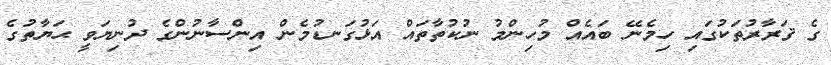
ގެ ޤަރާރުތަކުގައި ހިމެނޭ ބައެއް މުހިންމު ނުކުތާތައް އަޅުގަނޑުމެން އިންސާނުންގެ ދުނިޔަވީ ޙަޔާތުގެ